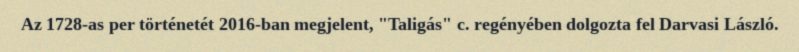
Az 1728-as per történetét 2016-ban megjelent, "Taligás" c. regényében dolgozta fel Darvasi László.